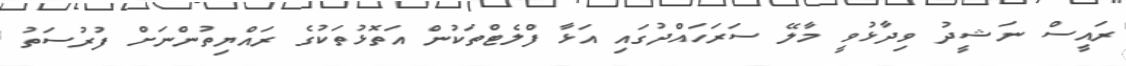
ރައީސް ނަޝީދު ވިދާޅުވީ މާލޭ ސަރަހައްދުގައި އަޅާ ފްލެޓްތަކުން އަތޮޅުތަކުގެ ރައްޔިތުންނަށް ފުރުސަތު